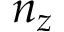
n _ { z }